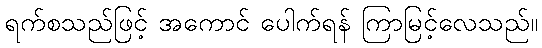
ရက်စသည်ဖြင့် အကောင် ပေါက်ရန် ကြာမြင့်လေသည်။